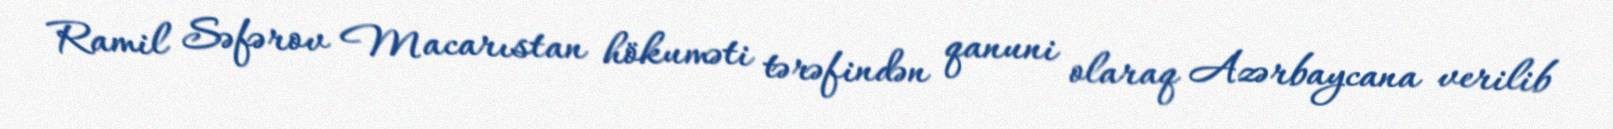
Ramil Səfərov Macarıstan hökuməti tərəfindən qanuni olaraq Azərbaycana verilib